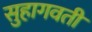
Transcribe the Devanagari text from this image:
सुहागवती